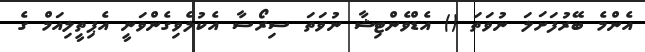
އެންމެ ބޭރުފަށަލަ ނުވަތަ () އެޑްވެންޓިޝާ ނުވަތަ ސިރޯސާ އެކުލެވިގެންވަނީ އެޕިތީލިއަމް ގެ